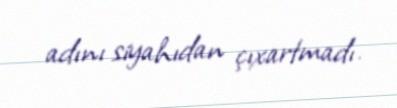
adını siyahıdan çıxartmadı.